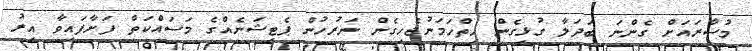
މުސާރައަށް ގެންނަ ބަދަލާ ގުޅިގެން ހިތްހަމަނުޖެހިގެން ނަރުހުން ޕެޓިޝަނެއްގެ މަސައްކަތް ފަށާފައިވާ އިރު